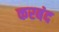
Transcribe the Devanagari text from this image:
करबंद